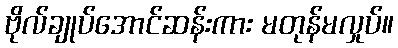
ဗိုလ်ချုပ်အောင်ဆန်းကား မတုန်မလှုပ်။